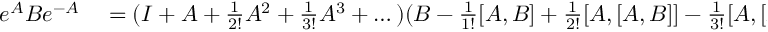
\begin{array} { r l } { e ^ { A } B e ^ { - A } } & { { } = ( I + A + \frac { 1 } { 2 ! } A ^ { 2 } + \frac { 1 } { 3 ! } A ^ { 3 } + \dots ) ( B - \frac { 1 } { 1 ! } [ A , B ] + \frac { 1 } { 2 ! } [ A , [ A , B ] ] - \frac { 1 } { 3 ! } [ A , [ A , [ A , B ] ] ] + \dots ) } \end{array}